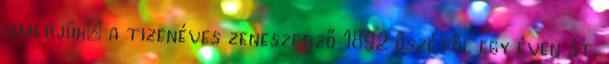
ismerjük: a tizenéves zeneszerző 1892 őszétől egy éven át,